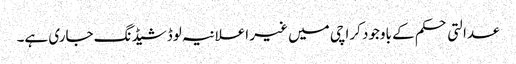
عدالتی حکم کے باوجود کراچی میں غیر اعلانیہ لوڈشیڈنگ جاری ہے۔